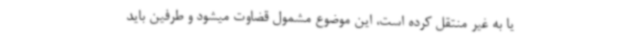
یا به غیر منتقل کرده است، این موضوع مشمول قضاوت میشود و طرفین باید